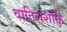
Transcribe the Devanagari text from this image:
वातिलशक्ति